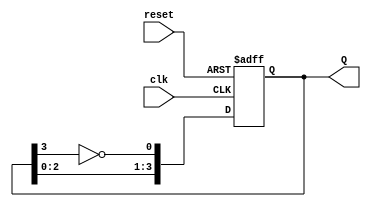
module JohnsonCounter (
    input wire clk,        // Clock signal
    input wire reset,      // Asynchronous reset signal
    output reg [3:0] Q     // 4-bit output representing the state of the counter
);

    // Sequential logic for the Johnson counter
    always @(posedge clk or posedge reset) begin
        if (reset) begin
            // Reset all flip-flops to 0
            Q <= 4'b0000;
        end else begin
            // Johnson counter state transition
            Q <= {Q[2:0], ~Q[3]};
        end
    end

endmodule